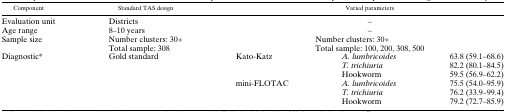
| Component | Standard TAS design | <COLSPAN=3> Varied parameters |
 | --- | --- | --- | --- | --- |
 | Evaluation unit | Districts | <COLSPAN=3> – |
 | Age range | 8–10 years | <COLSPAN=3> – |
 | <ROWSPAN=2> Sample size | Number clusters: 30+ | <COLSPAN=3> Number clusters: 30+ |
 | Total sample: 308 | <COLSPAN=3> Total sample: 100, 200, 308, 500 |
 | <ROWSPAN=6> Diagnostic* | <ROWSPAN=6> Gold standard | <ROWSPAN=3> Kato-Katz | A. lumbricoides | 63.8 (59.1–68.6) |
 | T. trichiuria | 82.2 (80.1–84.5) |
 | Hookworm | 59.5 (56.9–62.2) |
 | <ROWSPAN=3> mini-FLOTAC | A. lumbricoides | 75.5 (54.0–95.9) |
 | T. trichiuria | 76.2 (33.9–99.4) |
 | Hookworm | 79.2 (72.7–85.9) |